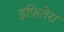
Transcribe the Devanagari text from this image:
इफ़ितेरा